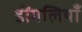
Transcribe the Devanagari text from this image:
डींगलियाँ